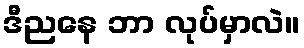
ဒီညနေ ဘာ လုပ်မှာလဲ။